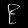
Digit: ၉